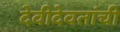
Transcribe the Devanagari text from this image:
देवीदेवतांची